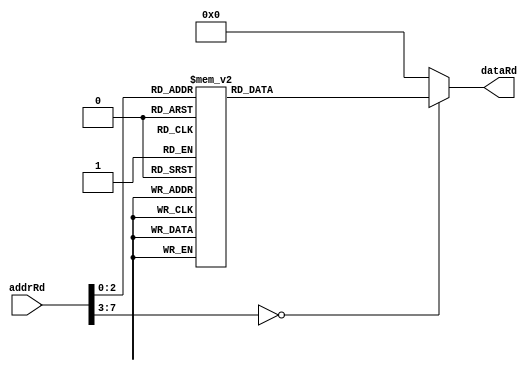
module ROM(addrRd, dataRd);
input [7:0] addrRd;
output reg [15:0] dataRd;
always @(*) 
    begin
        case(addrRd)
            8'd0    : dataRd = 16'b10000000_00110000;
            8'd1    : dataRd = 16'b01000000_00110000;
            8'd2    : dataRd = 16'b00100000_00110000;
            8'd3    : dataRd = 16'b00010000_00110000;
            8'd4    : dataRd = 16'b00001000_00110000;
            8'd5    : dataRd = 16'b00000100_00110000;
            8'd6    : dataRd = 16'b00000010_00110000;
            8'd7    : dataRd = 16'b00000001_00110000;
            default : dataRd = 16'b00000000_00000000;
        endcase
    end
endmodule